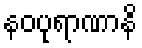
နဝပုရာဏာနိ